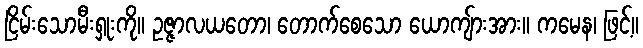
ငြိမ်းသောမီးရှုးကို။ ဥဇ္ဇာလယတော၊ တောက်စေသော ယောကျ်ားအား။ ကမေန၊ ဖြင့်။